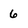
Character: 6